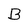
Character: B